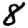
Digit: 8